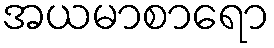
အယမာစာရော